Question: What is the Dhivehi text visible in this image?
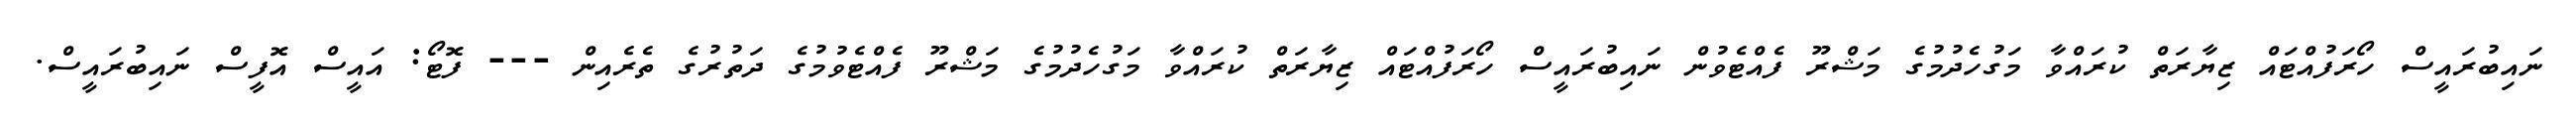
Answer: ނައިބުރައީސް ހޯރަފުއްޓައް ޒިޔާރަތް ކުރައްވާ މަގުހެދުމުގެ މަޝްރޫ ފެއްޓެވުން ނައިބުރައީސް ހޯރަފުއްޓައް ޒިޔާރަތް ކުރައްވާ މަގުހެދުމުގެ މަޝްރޫ ފެއްޓެވުމުގެ ދަތުރުގެ ތެރެއިން --- ފޮޓޯ: އައީސް އޮފީސް ނައިބުރައީސް.